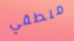
منطقي